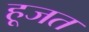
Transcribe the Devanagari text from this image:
हूजत